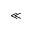
\ll